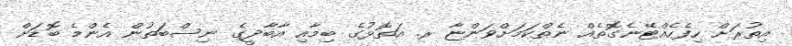
އިތުރަށް ހިފެހެއްޓޭނެގޮތެއް ނެތްކަމަށްވަންޏާ ރ. އަތޮޅުގެ ބިމާއި އާބާދީގެ ނިސްބަތުން އެންމެ ބޮޑަށް